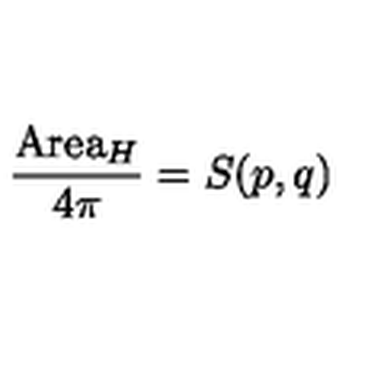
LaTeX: \frac { \mathrm { A r e a } _ { H } } { 4 \pi } = S ( p , q )